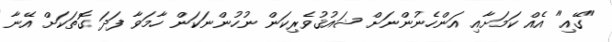
"ގޭއި" އެއް ކަމަށާއި އަންހެނުންނަށް ޝައުޤުވެރިކަން ނުހުންނަކަން ހާމަވާ ފަދަ ގޮތަކަށް އޭނާ